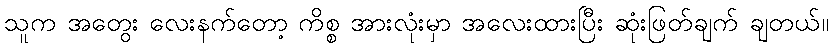
သူက အတွေး လေးနက်တော့ ကိစ္စ အားလုံးမှာ အလေးထားပြီး ဆုံးဖြတ်ချက် ချတယ်။